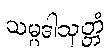
သမ္ပဒါသုတ္တံ